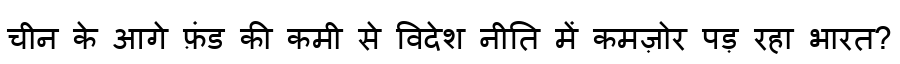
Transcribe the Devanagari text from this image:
चीन के आगे फ़ंड की कमी से विदेश नीति में कमज़ोर पड़ रहा भारत?